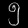
Digit: ၅